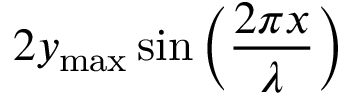
2 y _ { \mathrm { m a x } } \sin \left( { \frac { 2 \pi x } { \lambda } } \right)